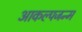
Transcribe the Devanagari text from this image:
आकल्पजन्म